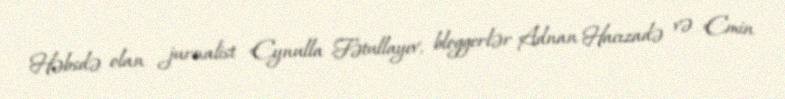
Həbsdə olan jurnalist Eynulla Fətullayev, bloggerlər Adnan Hacızadə və Emin